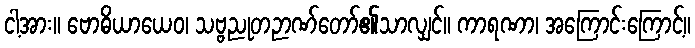
ငါ့အား။ ဗောဓိယာယေဝ၊ သဗ္ဗညုတဉာဏ်တော်၏သာလျှင်။ ကာရဏာ၊ အကြောင်းကြောင့်။